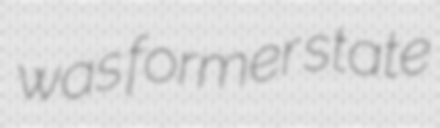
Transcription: was former state